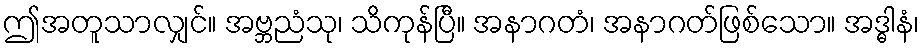
ဤအတူသာလျှင်။ အဗ္ဘညံသု၊ သိကုန်ပြီ။ အနာဂတံ၊ အနာဂတ်ဖြစ်သော။ အဒ္ဓါနံ၊